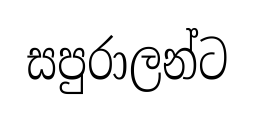
සපුරාලන්ට